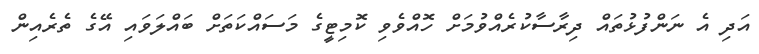
އަދި އެ ނަންފުޅުތައް ދިރާސާކުރެއްވުމަށް ހޮއްވެވި ކޮމިޓީގެ މަސައްކަތަށް ބައްލަވައި އޭގެ ތެރެއިން